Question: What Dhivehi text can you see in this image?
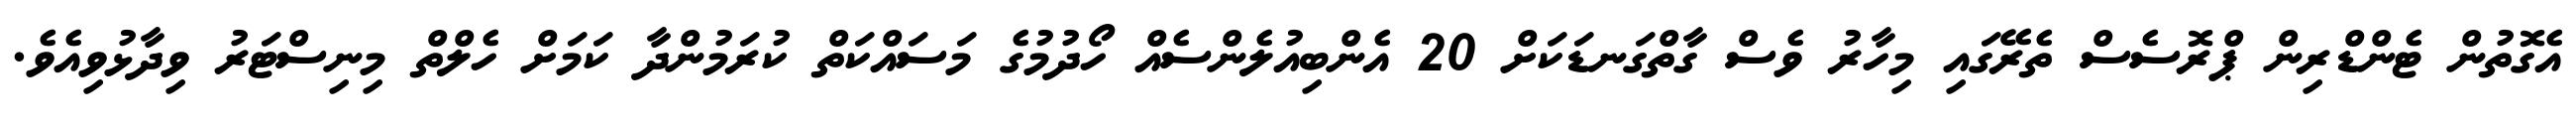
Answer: އެގޮތުން ޓެންޑްރިން ޕްރޮސެސް ތެރޭގައި މިހާރު ވެސް ގާތްގަނޑަކަށް 20 އެންބިއުލެންސެއް ހޯދުމުގެ މަސައްކަތް ކުރަމުންދާ ކަމަށް ހެލްތް މިނިސްޓަރު ވިދާޅުވިއެވެ.